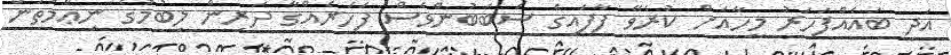
އަދި ބައެއްފަހަރު މީހާއަށް ކުރެވޭ ފާފައިގެ ސަބަބުންވެސް ފަހަރެއްގާ ދަރިން ލިބުމުގެ ނިޢްމަތުން